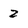
Character: 2